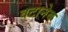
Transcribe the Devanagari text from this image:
वटानेब